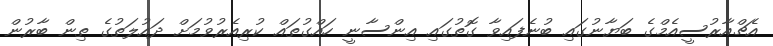
އެޗްއާރުސީއެމްގެ ބަޔާނުގައި ބުނެފައިވާ ގޮތުގައި އިންސާނީ ހައްގުތައް ކުރިއެރުވުމަށް ދައުލަތުގެ ތިން ބާރުން